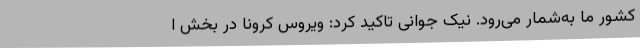
کشور ما به‌شمار می‌رود. نیک جوانی تاکید کرد: ویروس کرونا در بخش ا